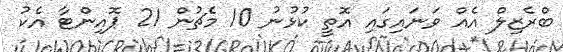
ބްރެޒިލް އެއް ވަނައިގައި އޮތީ ކުޅުނު 10 މެޗުން 21 ޕޮއިންޓާ އެކު